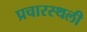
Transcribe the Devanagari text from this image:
प्रचारस्‍थली